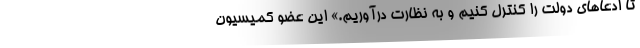
تا ادعاهای دولت را کنترل کنیم و به نظارت درآوریم.» این عضو کمیسیون